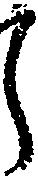
ら